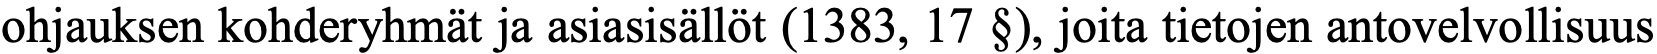
ohjauksen kohderyhmät ja asiasisällöt (1383, 17 §), joita tietojen antovelvollisuus